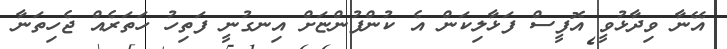
އޭނާ ވިދާޅުވީ އޮފީސް ފަޅާލިކަން އެ ކުންފުންޏަށް އިނގުނީ ފަތިހު ހަތަރެއް ޖެހިތަނާ